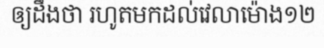
ឲ្យដឹងថា រហូតមកដល់វេលាម៉ោង១២